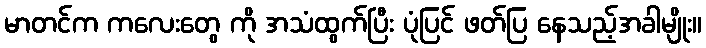
မာတင်က ကလေးတွေ ကို အသံထွက်ပြီး ပုံပြင် ဖတ်ပြ နေသည့်အခါမျိုး။